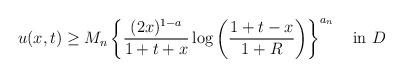
LaTeX: \begin{align*}u(x,t) \ge M_n\left\{ \frac{(2x)^{1-a}}{1+t+x}\log\left(\frac{1+t-x}{1+R}\right) \right\}^{a_n}\quad\mbox{in}\ D\end{align*}